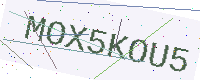
Text: MOX5KOU5